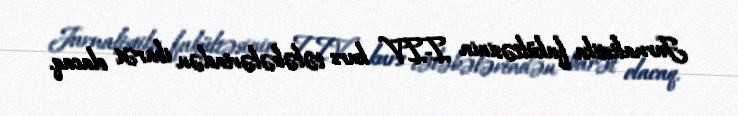
Jurnalistika fakültəsinin I-IV kurs tələbələrindən ibarət olacaq.